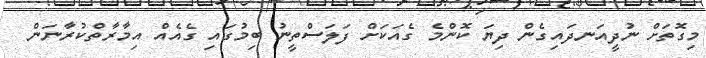
މިގޮތަށް ނުދީއަނދައިގެން ދިޔަ ކޮންމެ ގެއަކަށް ފަލަސްތީނު ބިމުގައި ގެއެއް އިމާރާތްކުރާނަން